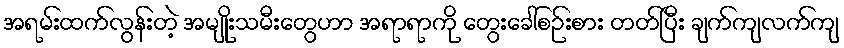
အရမ်းထက်လွန်းတဲ့ အမျိုးသမီးတွေဟာ အရာရာကို တွေးခေါ်စဉ်းစား တတ်ပြီး ချက်ကျလက်ကျ